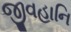
જીવહાનિ